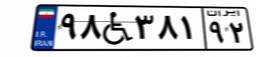
۹۸W۳۸۱۹۲